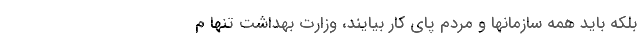
بلکه باید همه سازمانها و مردم پای کار بیایند، وزارت بهداشت تنها م